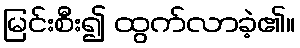
မြင်းစီး၍ ထွက်လာခဲ့၏။